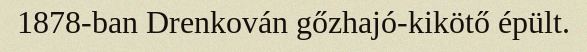
1878-ban Drenkován gőzhajó-kikötő épült.